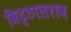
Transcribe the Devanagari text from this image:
विट्ठालराव